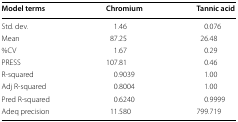
<table><thead><tr><td><b>Model terms</b></td><td><b>Chromium</b></td><td><b>Tannic acid</b></td></tr></thead><tbody><tr><td>Std. dev.</td><td>1.46</td><td>0.076</td></tr><tr><td>Mean</td><td>87.25</td><td>26.48</td></tr><tr><td>%CV</td><td>1.67</td><td>0.29</td></tr><tr><td>PRESS</td><td>107.81</td><td>0.46</td></tr><tr><td>R-squared</td><td>0.9039</td><td>1.00</td></tr><tr><td>Adj R-squared</td><td>0.8004</td><td>1.00</td></tr><tr><td>Pred R-squared</td><td>0.6240</td><td>0.9999</td></tr><tr><td>Adeq precision</td><td>11.580</td><td>799.719</td></tr></tbody></table>